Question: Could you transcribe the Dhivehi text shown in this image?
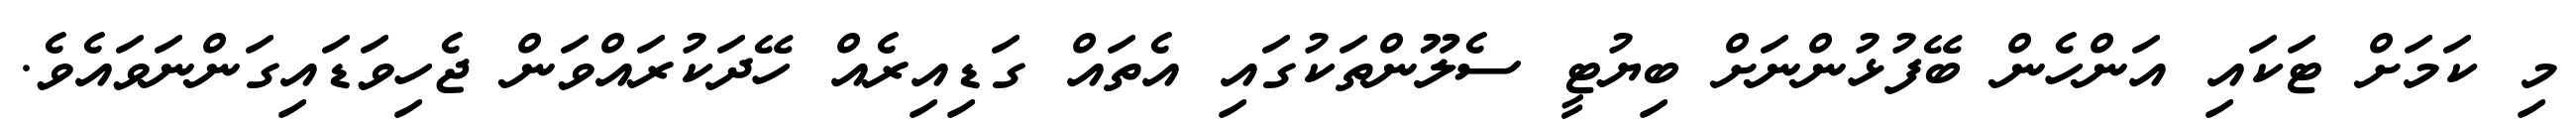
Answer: މި ކަމަށް ޓަކައި އަންހެން ބޭފުޅުންނަށް ބިޔުޓީ ސެލޫންތަކުގައި އެތައް ގަޑިއިރެއް ހޭދަކުރައްވަން ޖެހިވަޑައިގަންނަވައެވެ.